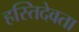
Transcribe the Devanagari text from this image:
हस्तिदेवता